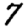
Digit: 7